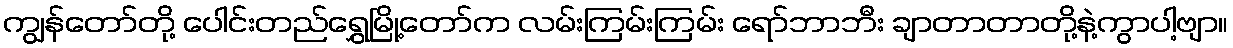
ကျွန်တော်တို့ ပေါင်းတည်ရွှေမြို့တော်က လမ်းကြမ်းကြမ်း ရော်ဘာဘီး ချာတာတာတို့နဲ့ကွာပါ့ဗျာ။